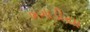
ભગાડીયા